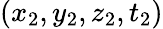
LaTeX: (x_{2},y_{2},z_{2},t_{2})